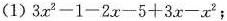
（1）$$3 x^ { 2 } - 1 - 2 x - 5 + 3 x - x ^ { 2 }$$；